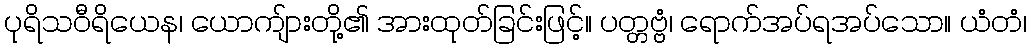
ပုရိသဝီရိယေန၊ ယောကျ်ားတို့၏ အားထုတ်ခြင်းဖြင့်။ ပတ္တဗ္ဗံ၊ ရောက်အပ်ရအပ်သော။ ယံတံ၊